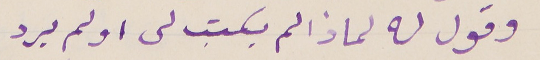
وقول له لماذا لم يكتب لى او لم يرد